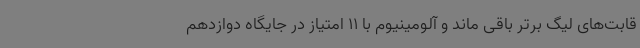
قابت‌های لیگ برتر باقی ماند و آلومینیوم با 11 امتیاز در جایگاه دوازدهم